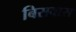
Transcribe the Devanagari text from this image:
बिसवास